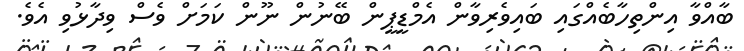
ބާއްވާ އިންތިހާބެއްގައި ބައިވެރިވާން އެމްޑީޕީން ބޭނުން ނޫން ކަމަށް ވެސް ވިދާޅުވި އެވެ.